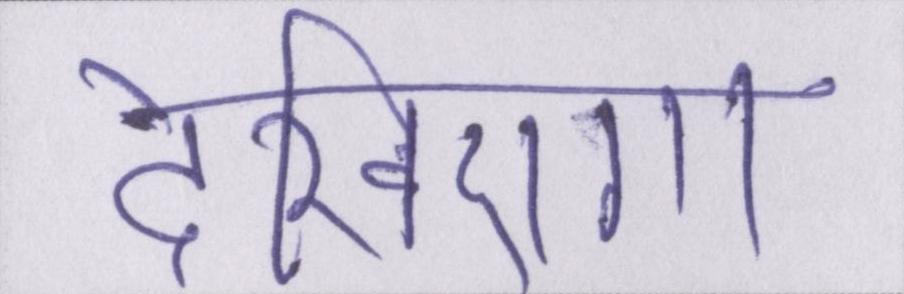
देखिएगा